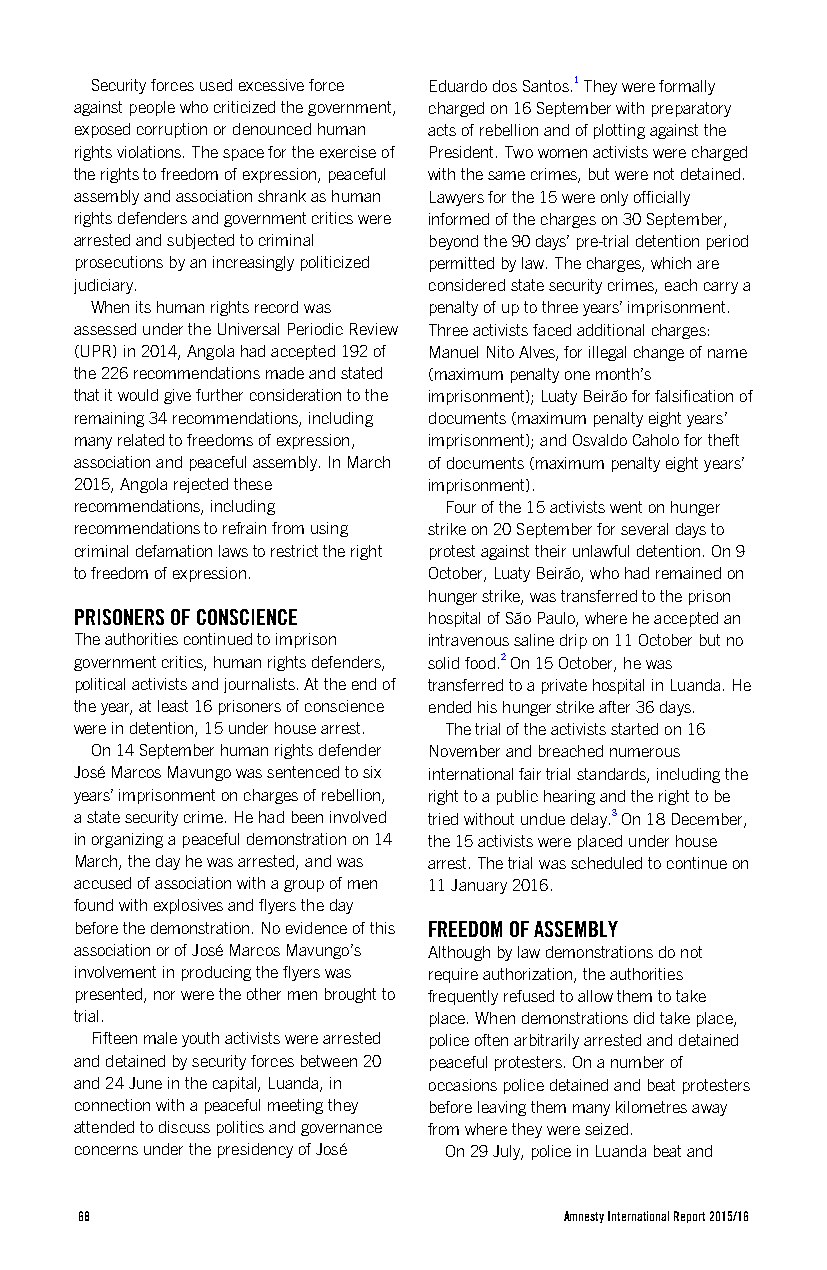
Security forces used excessive force Eduardo dos Santos.1 They were formally
 against people who criticized the government, charged on 16 September with preparatory
 exposed corruption or denounced human acts of rebellion and of plotting against the
 rights violations. The space for the exercise of President. Two women activists were charged
 the rights to freedom of expression, peaceful with the same crimes, but were not detained.
 assembly and association shrank as human Lawyers for the 15 were only officially
 rights defenders and government critics were informed of the charges on 30 September,
 arrested and subjected to criminal beyond the 90 days’ pre-trial detention period
 prosecutions by an increasingly politicized permitted by law. The charges, which are
 judiciary.             considered state security crimes, each carry a
 When its human rights record was penalty of up to three years’ imprisonment.
 assessed under the Universal Periodic Review Three activists faced additional charges:
 (UPR) in 2014, Angola had accepted 192 of Manuel Nito Alves, for illegal change of name
 the 226 recommendations made and stated (maximum penalty one month’s
 that it would give further consideration to the imprisonment); Luaty Beirão for falsification of
 remaining 34 recommendations, including documents (maximum penalty eight years’
 many related to freedoms of expression, imprisonment); and Osvaldo Caholo for theft
 association and peaceful assembly. In March of documents (maximum penalty eight years’
 2015, Angola rejected these imprisonment).
 recommendations, including Four of the 15 activists went on hunger
 recommendations to refrain from using strike on 20 September for several days to
 criminal defamation laws to restrict the right protest against their unlawful detention. On 9
 to freedom of expression. October, Luaty Beirão, who had remained on
 hunger strike, was transferred to the prison
 PRISONERS OF CONSCIENCE hospital of São Paulo, where he accepted an
 The authorities continued to imprison intravenous saline drip on 11 October but no
 government critics, human rights defenders, solid food.2 On 15 October, he was
 political activists and journalists. At the end of transferred to a private hospital in Luanda. He
 the year, at least 16 prisoners of conscience ended his hunger strike after 36 days.
 were in detention, 15 under house arrest. The trial of the activists started on 16
 On 14 September human rights defender November and breached numerous
 José Marcos Mavungo was sentenced to six international fair trial standards, including the
 years’ imprisonment on charges of rebellion, right to a public hearing and the right to be
 a state security crime. He had been involved tried without undue delay.3 On 18 December,
 in organizing a peaceful demonstration on 14 the 15 activists were placed under house
 March, the day he was arrested, and was arrest. The trial was scheduled to continue on
 accused of association with a group of men 11 January 2016.
 found with explosives and flyers the day
 before the demonstration. No evidence of this FREEDOM OF ASSEMBLY
 association or of José Marcos Mavungo’s Although by law demonstrations do not
 involvement in producing the flyers was require authorization, the authorities
 presented, nor were the other men brought to frequently refused to allow them to take
 trial.                 place. When demonstrations did take place,
 Fifteen male youth activists were arrested police often arbitrarily arrested and detained
 and detained by security forces between 20 peaceful protesters. On a number of
 and 24 June in the capital, Luanda, in occasions police detained and beat protesters
 connection with a peaceful meeting they before leaving them many kilometres away
 attended to discuss politics and governance from where they were seized.
 concerns under the presidency of José On 29 July, police in Luanda beat and
 68                              Amnesty International Report 2015/16